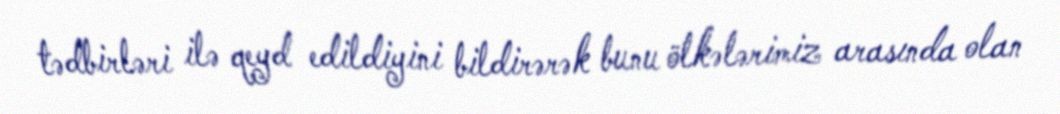
tədbirləri ilə qeyd edildiyini bildirərək bunu ölkələrimiz arasında olan